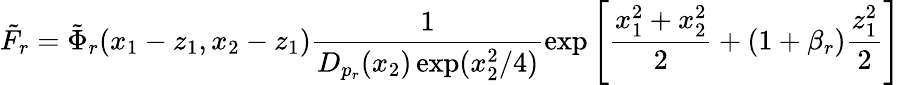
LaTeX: \tilde{F}_{r}=\tilde{\Phi}_{r}(x_{1}-z_{1},x_{2}-z_{1})\frac{1}{D_{p_{r}}(x_{2})\exp(x_{2}^{2}/4)}\exp\left[\frac{x_{1}^{2}+x_{2}^{2}}{2}+(1+\beta_{r})\frac{z_{1}^{2}}{2}\right]